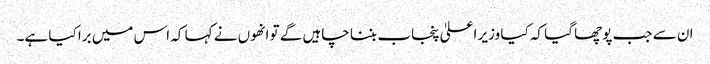
ان سے جب پوچھا گیا کہ کیا وزیر اعلیٰ پنجاب بننا چاہیں گے تو انھوں نے کہا کہ اس میں برا کیا ہے۔